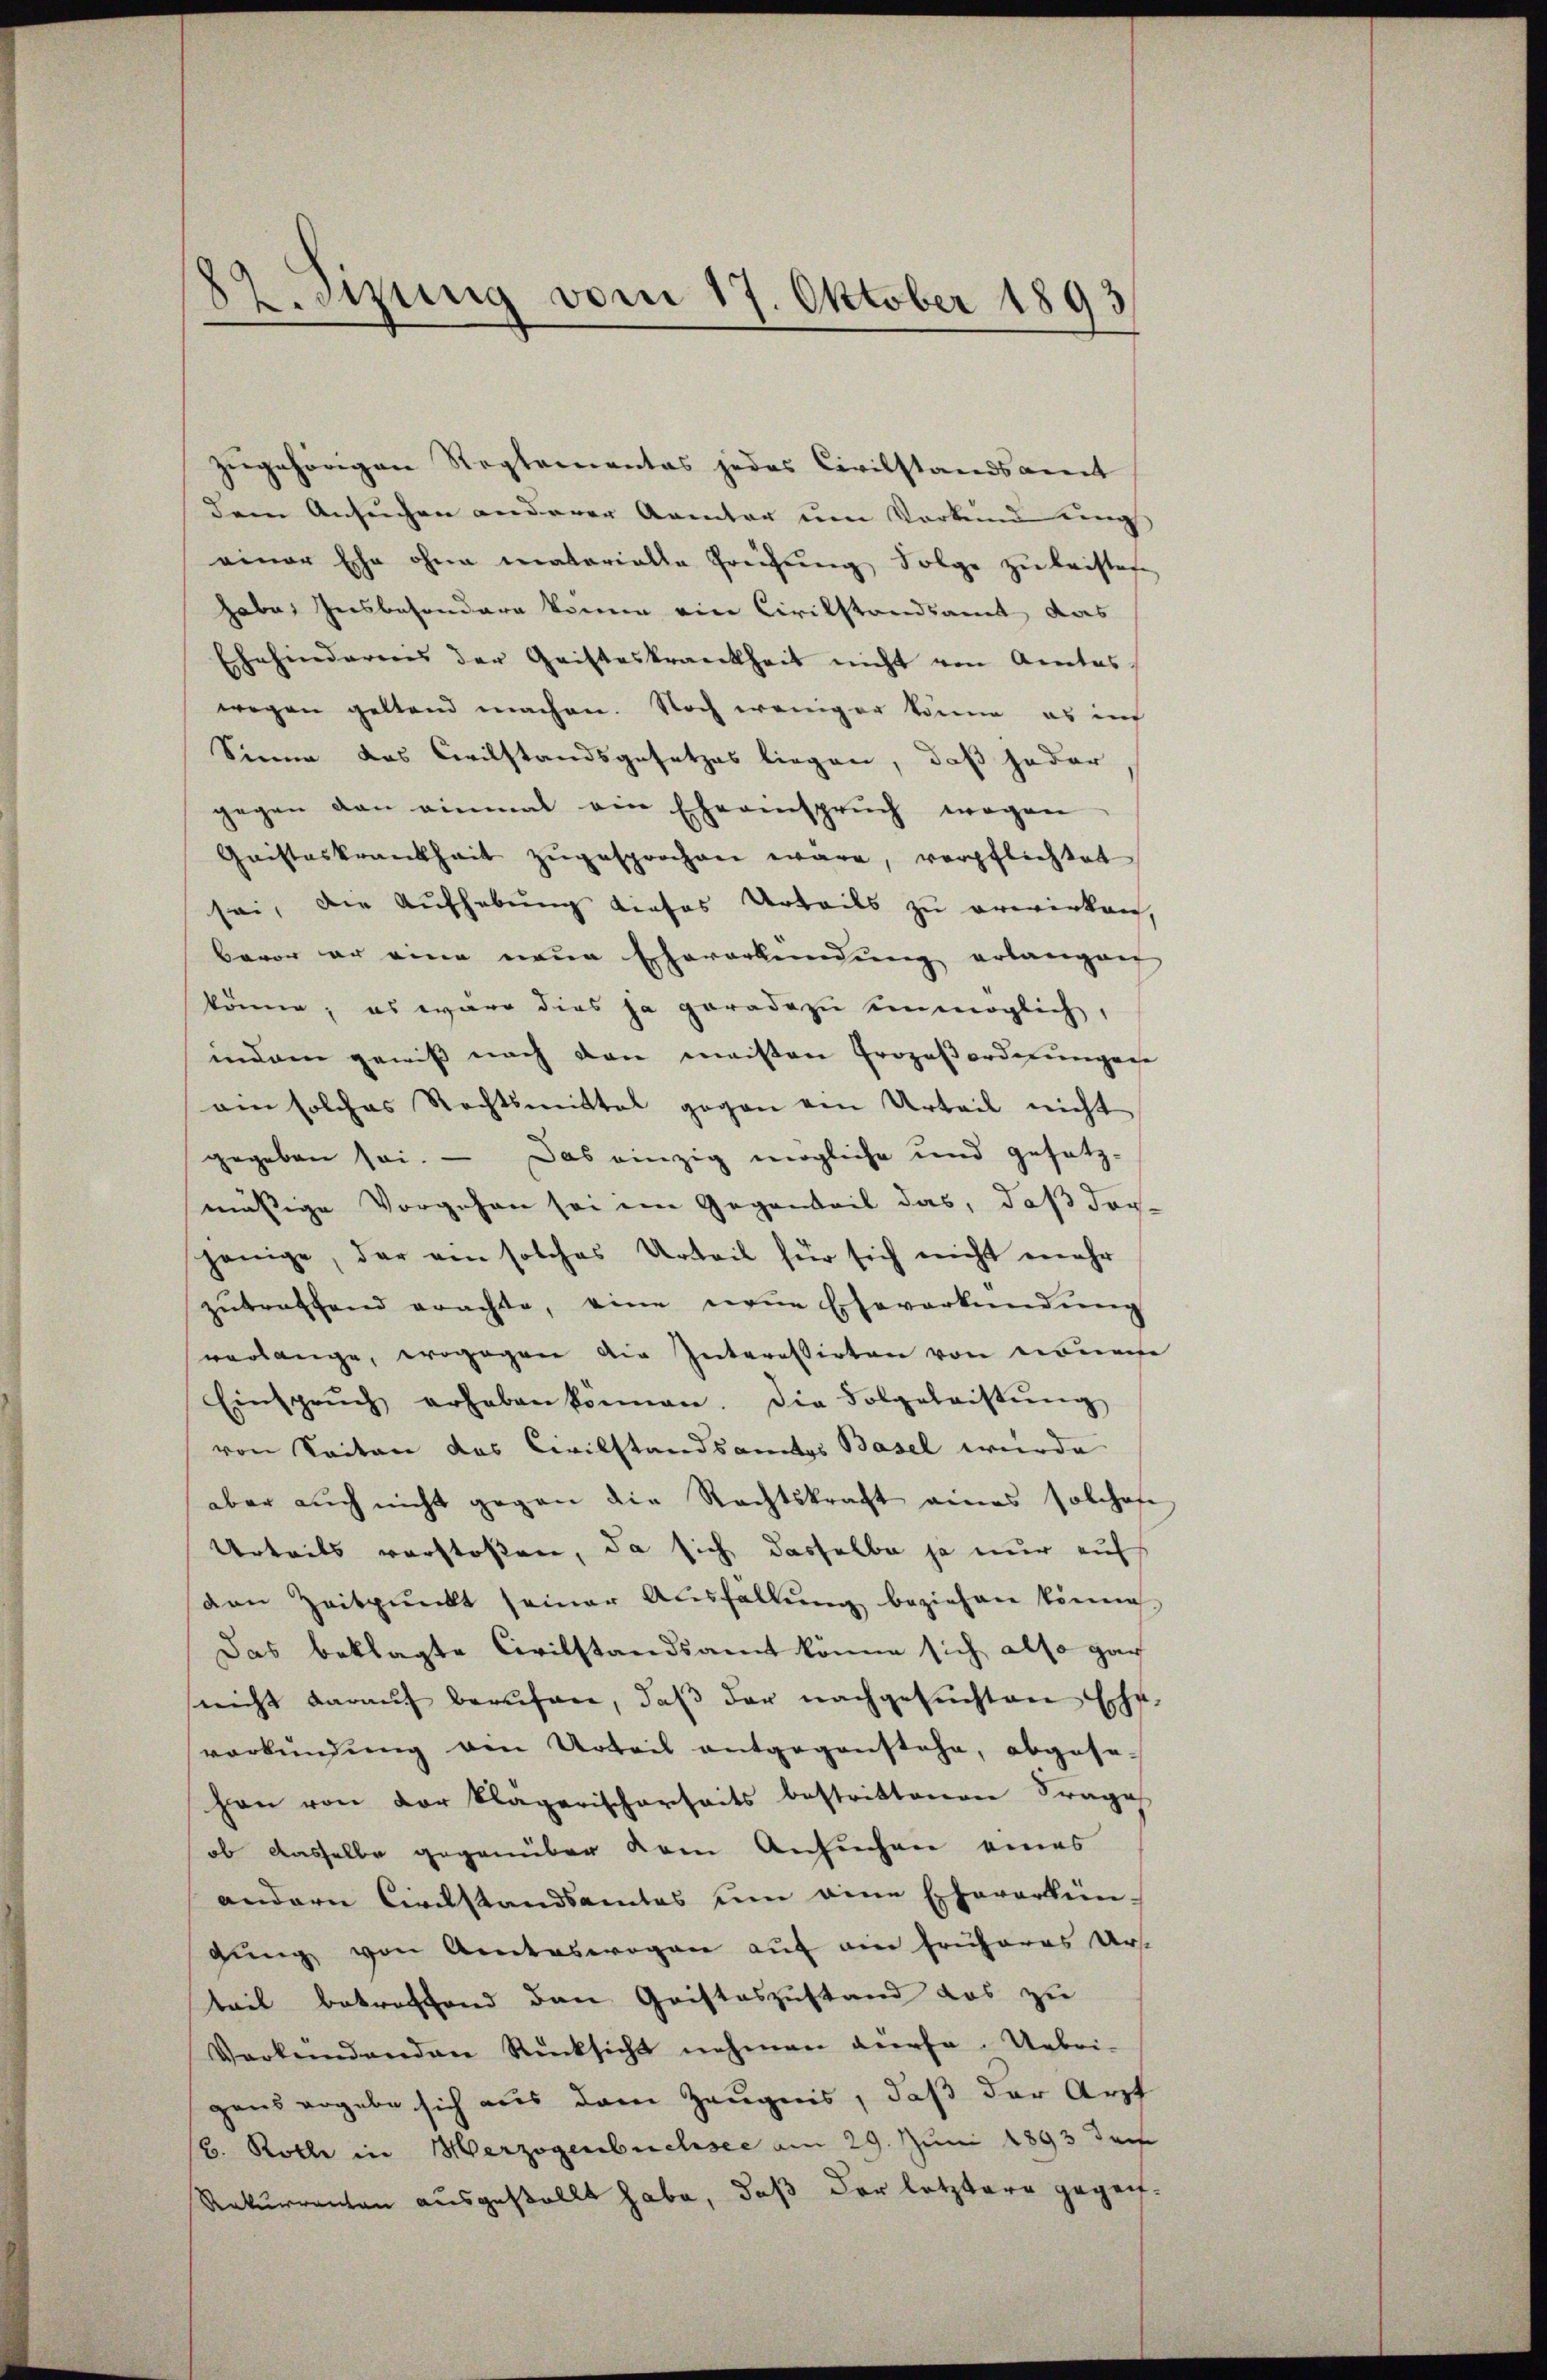
82. Jung vom 17. Oktober 1893

zugehörigen Reglementas jedes Civilstandsamt
dem Ansuchen anderer Aamter um Vorkind eing
einer Ehe ohne matorialia Greifung Folge zu leistes
habe, Insbesondere könne ein Civilstandsamt das
Ehehinderenis der Gristeskrankheit nicht von Amtes
wegen geltend machen. Noch weniger könne, es in
Sinne das Civilstandsgesetzes liegen, daß jeder
gegen den einmal ein Eheansprŭch wegen
Gaisteskrankheit zŭgesprochen wäre, verpflichtet
sei, die Aufhebung dieses Urteils zu erwirken,
bevor er eine neue Eheverkendung erlangen
könne; es wäre dies ja geradezu unmöglich,
indem gewiss nach den meisten Prozeßordnungen
am solches Rechtsmittel gegen von Urteil nicht
gegeben sei. — Das einzig mögliche und gesetz-
mäßige Vorgehen sei im Gegenteil das, daß dar-
jenige, der ein solches Urteil für sich nicht mehr
zŭtraffend erachte, eine neue Eheverkendŭng
verlange, wogegen die Interessirten von nomene
Einsprŭch erheben können. Die Folgeleistŭng
von Seiten das Civilstandsamtes Basel wurde
aber auch nicht gegen die Rechtskraft eines solches
Urteils verstoßen, da sich dasselbe ja nur auf
den Zeitpunkt seiner Aŭsfällŭng beziehen könne.
Das beklagte Civilstandsamt könne sich also gan
(nicht daraŭf berŭfen, daβ der nachgesuchten Ehe-
verkündung von Urteil entgegenstehe, abgese-
hon von der klägerischerseits bestrittenen Frage
ob dasselbe gegenüber dem Ansuchen eines
andern Civilstandsamtes um eine Eheverkün-
gung von Amteswegen auf ein früheres Urs
teil betreffend den Gristeszustand das zu
Verkendenden Rücksicht nehmen dürfe. Uebri-
gens ergebe sich aus dem Zeugnis, daß der Arzt
b. Rolle in Merzogenbuchsee am 29. Juni 1893 der
Rekurrenten ausgestellt habe, daß der letztere gegen¬